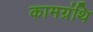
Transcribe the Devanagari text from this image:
कामग्रंथि